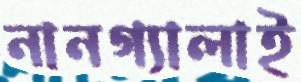
নানগ্যালাই